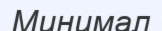
Минимал